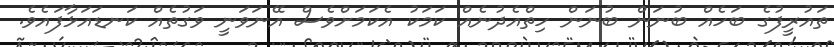
ތައުރީފުގެ ބަހެއް ބުނަން ބުނަން ހިތްއެދުނެއް ކަމަކު އެކަމަށްވެސް އޭނަވަނީ ވަގުތެއް ކަނޑައަޅާފައެވެ.